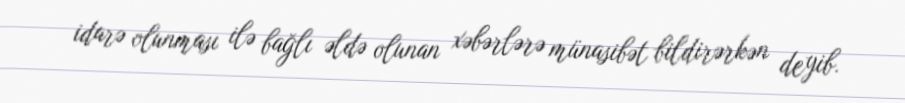
idarə olunması ilə bağlı əldə olunan xəbərlərə münasibət bildirərkən deyib.